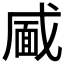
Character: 𮲎